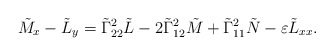
\begin{align*}\tilde{M}_x-\tilde{L}_y=\tilde{\Gamma}^2_{22}\tilde{L}-2\tilde{\Gamma}^2_{12}\tilde{M}+\tilde{\Gamma}^2_{11}\tilde{N}-\varepsilon\tilde{L}_{xx}.\end{align*}